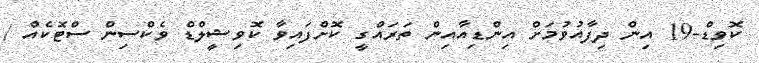
ކޮވިޑް-19 އިން ދިފާއުވުމަށް އިންޑިއާއިން ތަރައްގީ ކޮށްފައިވާ ކޮވިޝީލްޑް ވެކްސިން ސްޓޮކެއް /